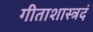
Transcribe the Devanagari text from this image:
गीताशास्त्रदं